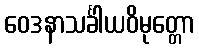
ဝေဒနာသင်္ခါယဝိမုတ္တော